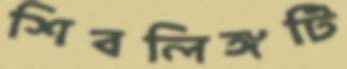
শিবলিঙ্গটি